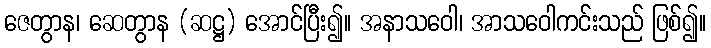
ဇေတွာန၊ ဆေတွာန (ဆဋ္ဌ) အောင်ပြီး၍။ အနာသဝေါ၊ အာသဝေါကင်းသည် ဖြစ်၍။